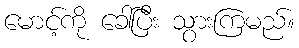
မောင့်ကို ခေါ်ပြီး သွားကြမည်။